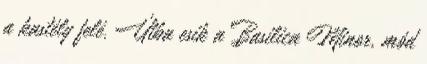
a kastély felé. Útba esik a Basilica Minor, mód